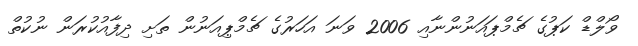
ވޯލްޑް ކަޕުގެ ޗެމްޕައަނުންނާއި 2006 ވަނަ އަހަރުގެ ޗެމްޕިއަނުން ތަށި ދިފާއުކުރަން ނުކުތް